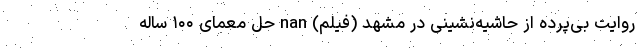
روایت بی‌پرده‌ از حاشیه‌نشینی در مشهد (فیلم) nan حل معمای ۱۰۰ ساله